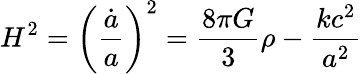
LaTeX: H^{2}=\left({\frac{\dot{a}}{a}}\right)^{2}={\frac{8\pi G}{3}}\rho-{\frac{kc^{2}}{a^{2}}}